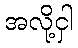
အလို့ငှါ